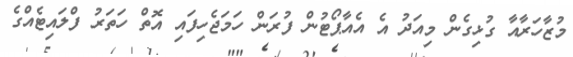
މުޒާހަރާއާ ގުޅިގެން މިއަދު އެ އެއާޕޯޓުން ފުރަން ހަމަޖެހިފައި އޮތް ހަތަރު ފްލައިޓެއްގެ